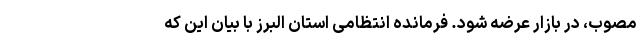
مصوب، در بازار عرضه شود. فرمانده انتظامی استان البرز با بیان این که